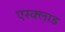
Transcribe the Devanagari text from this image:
एस्क्लाड